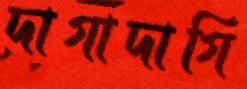
দাগাদাগি